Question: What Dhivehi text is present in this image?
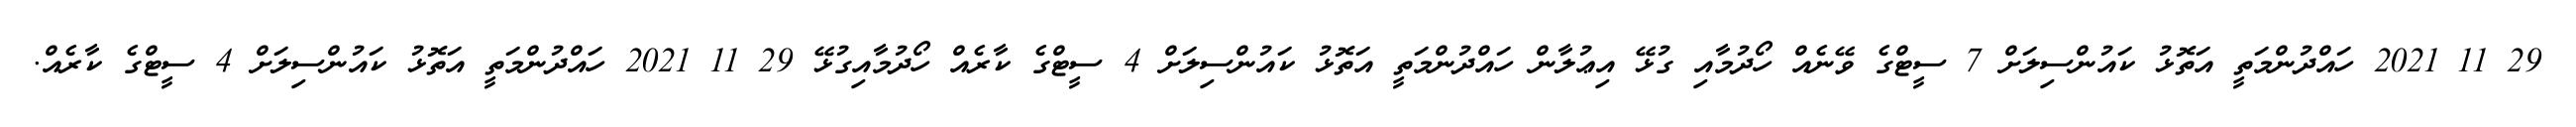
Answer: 29 11 2021 ހައްދުންމަތީ އަތޮޅު ކައުންސިލަށް 7 ސީޓްގެ ވޭނެއް ހޯދުމާއި ގުޅޭ އިޢުލާން ހައްދުންމަތީ އަތޮޅު ކައުންސިލަށް 4 ސީޓްގެ ކާރެއް ހޯދުމާއިގުޅޭ 29 11 2021 ހައްދުންމަތީ އަތޮޅު ކައުންސިލަށް 4 ސީޓްގެ ކާރެއް.